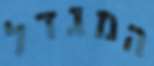
המגדל